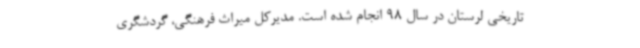
تاریخی لرستان در سال 98 انجام شده است. مدیرکل میراث فرهنگی، گردشگری